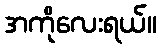
အကိုလေးရယ်။